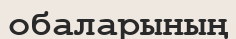
обаларының